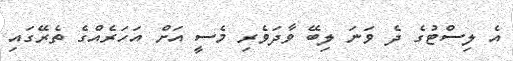
އެ ލިސްޓުގެ ދެ ވަނަ ލިބޭ ވާދަވެރި މެސީ އަށް އަހަރެއްގެ ތެރޭގައި